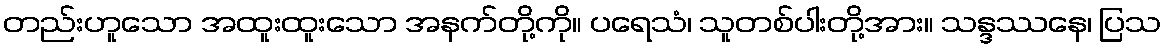
တည်းဟူသော အထူးထူးသော အနက်တို့ကို။ ပရေသံ၊ သူတစ်ပါးတို့အား။ သန္ဒဿနေ၊ ပြသ